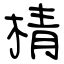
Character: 棈